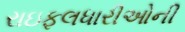
રાઇફલધારીઓની